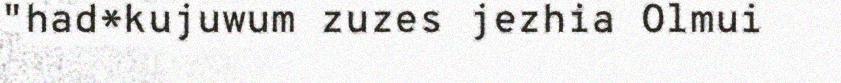
"had*kujuwum zuzes jezhia Olmui